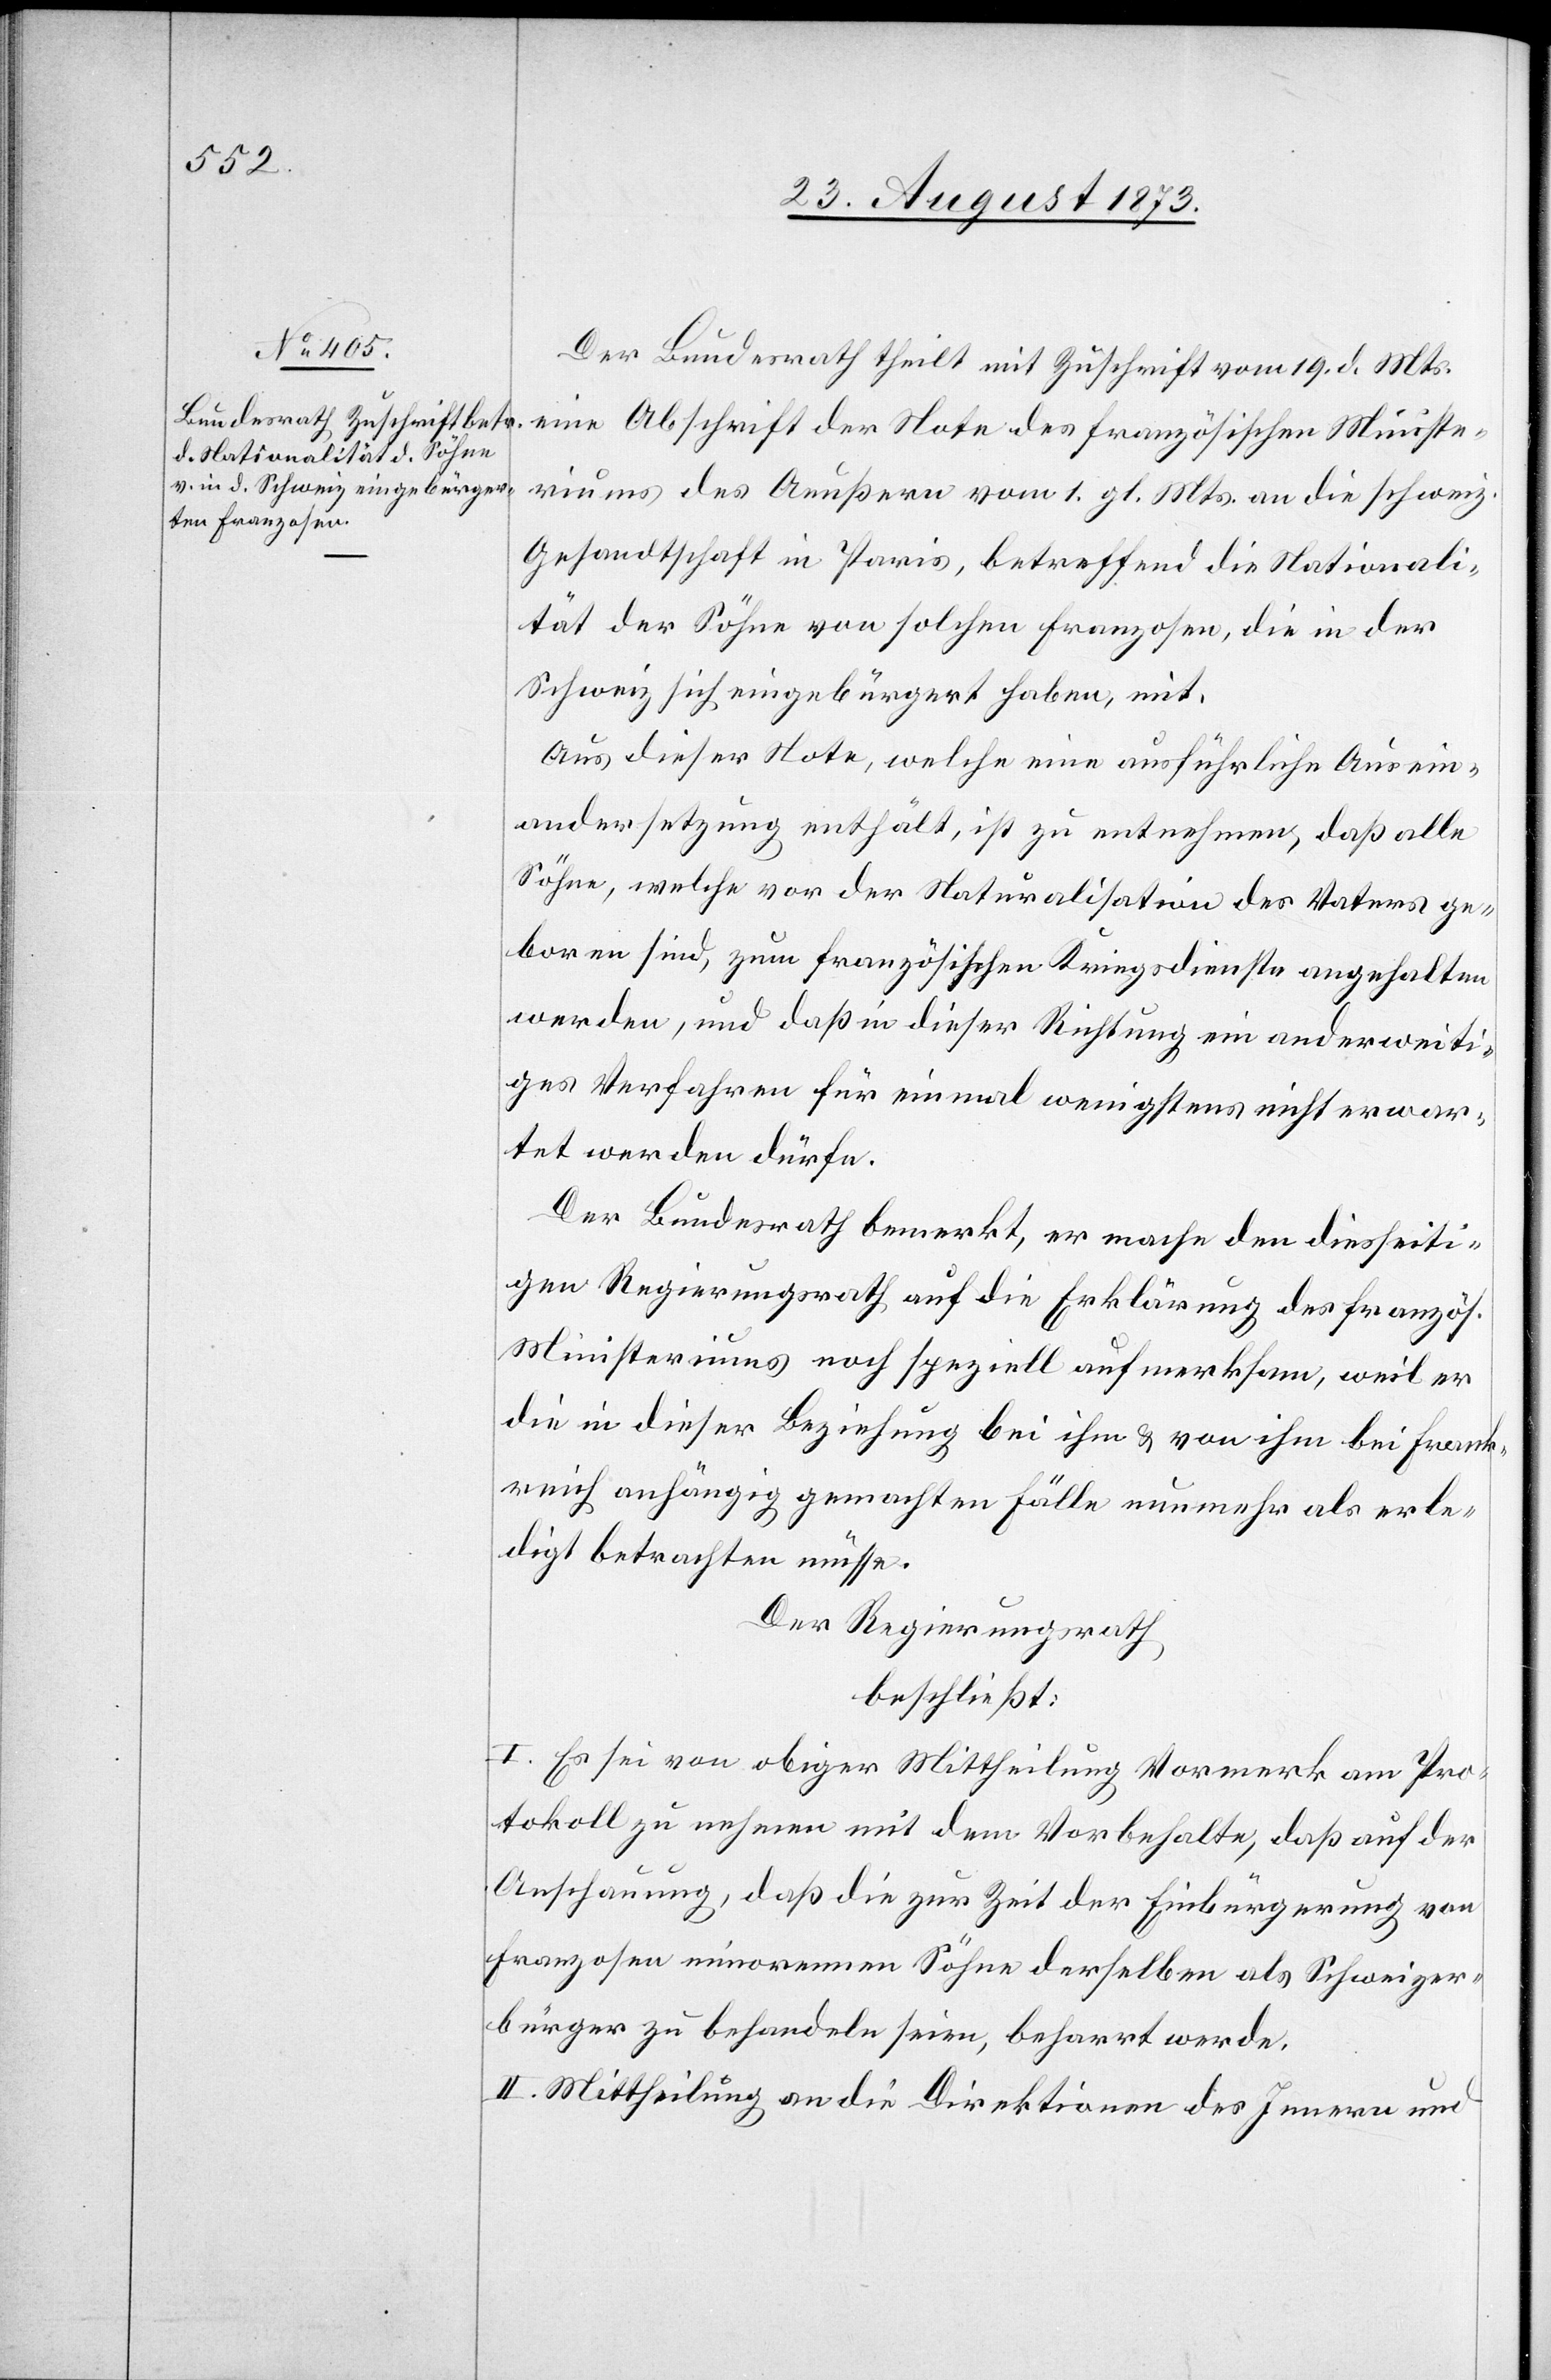
Der Bundesrath theilt mit Zuschrift vom 19. d. Mts.
eine Abschrift der Note des französischen Ministe¬
riums des Aeußern vom 1. gl. Mts. an die schweiz.
Gesandtschaft in Paris, betreffend die Nationali¬
tät der Söhne von solchen Franzosen, die in der
Schweiz sich eingebürgert haben, mit.
Aus dieser Note, welche eine ausführliche Ausein¬
andersetzung enthält, ist zu entnehmen, daß alle
Söhne, welche vor der Naturalisation des Vaters ge¬
boren sind, zum französischen Kriegsdienste angehalten
werden, und daß in dieser Richtung ein anderweiti¬
ges Verfahren für einmal wenigstens nicht erwar¬
tet werden dürfe.
Der Bundesrath bemerkt, er mache den diesseiti¬
gen Regierungsrath auf die Erklärung des französ.
Ministeriums noch speziell aufmerksam, weil er
die in dieser Beziehung bei ihm & von ihm bei Frank¬
reich anhängig gemachten Fälle nunmehr als erle¬
digt betrachten müsse.
Der Regierungsrath
beschließt:
I. Es sei von obiger Mittheilung Vormerk am Pro¬
tokoll zu nehmen mit dem Vorbehalte, daß auf der
Anschauung, daß die zur Zeit der Einbürgerung von
Franzosen minorennen Söhne derselben als Schweizer¬
bürger zu behandeln seien, beharrt werde.
II. Mittheilung an die Direktionen des Innern und